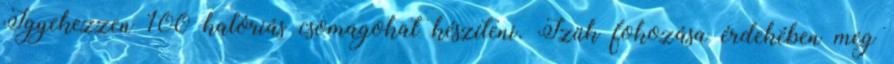
Igyekezzen 100 kalóriás csomagokat készíteni. Ízük fokozása érdekében meg